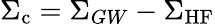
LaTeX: \Sigma_{\mathrm{c}}=\Sigma_{GW}-\Sigma_{\mathrm{HF}}